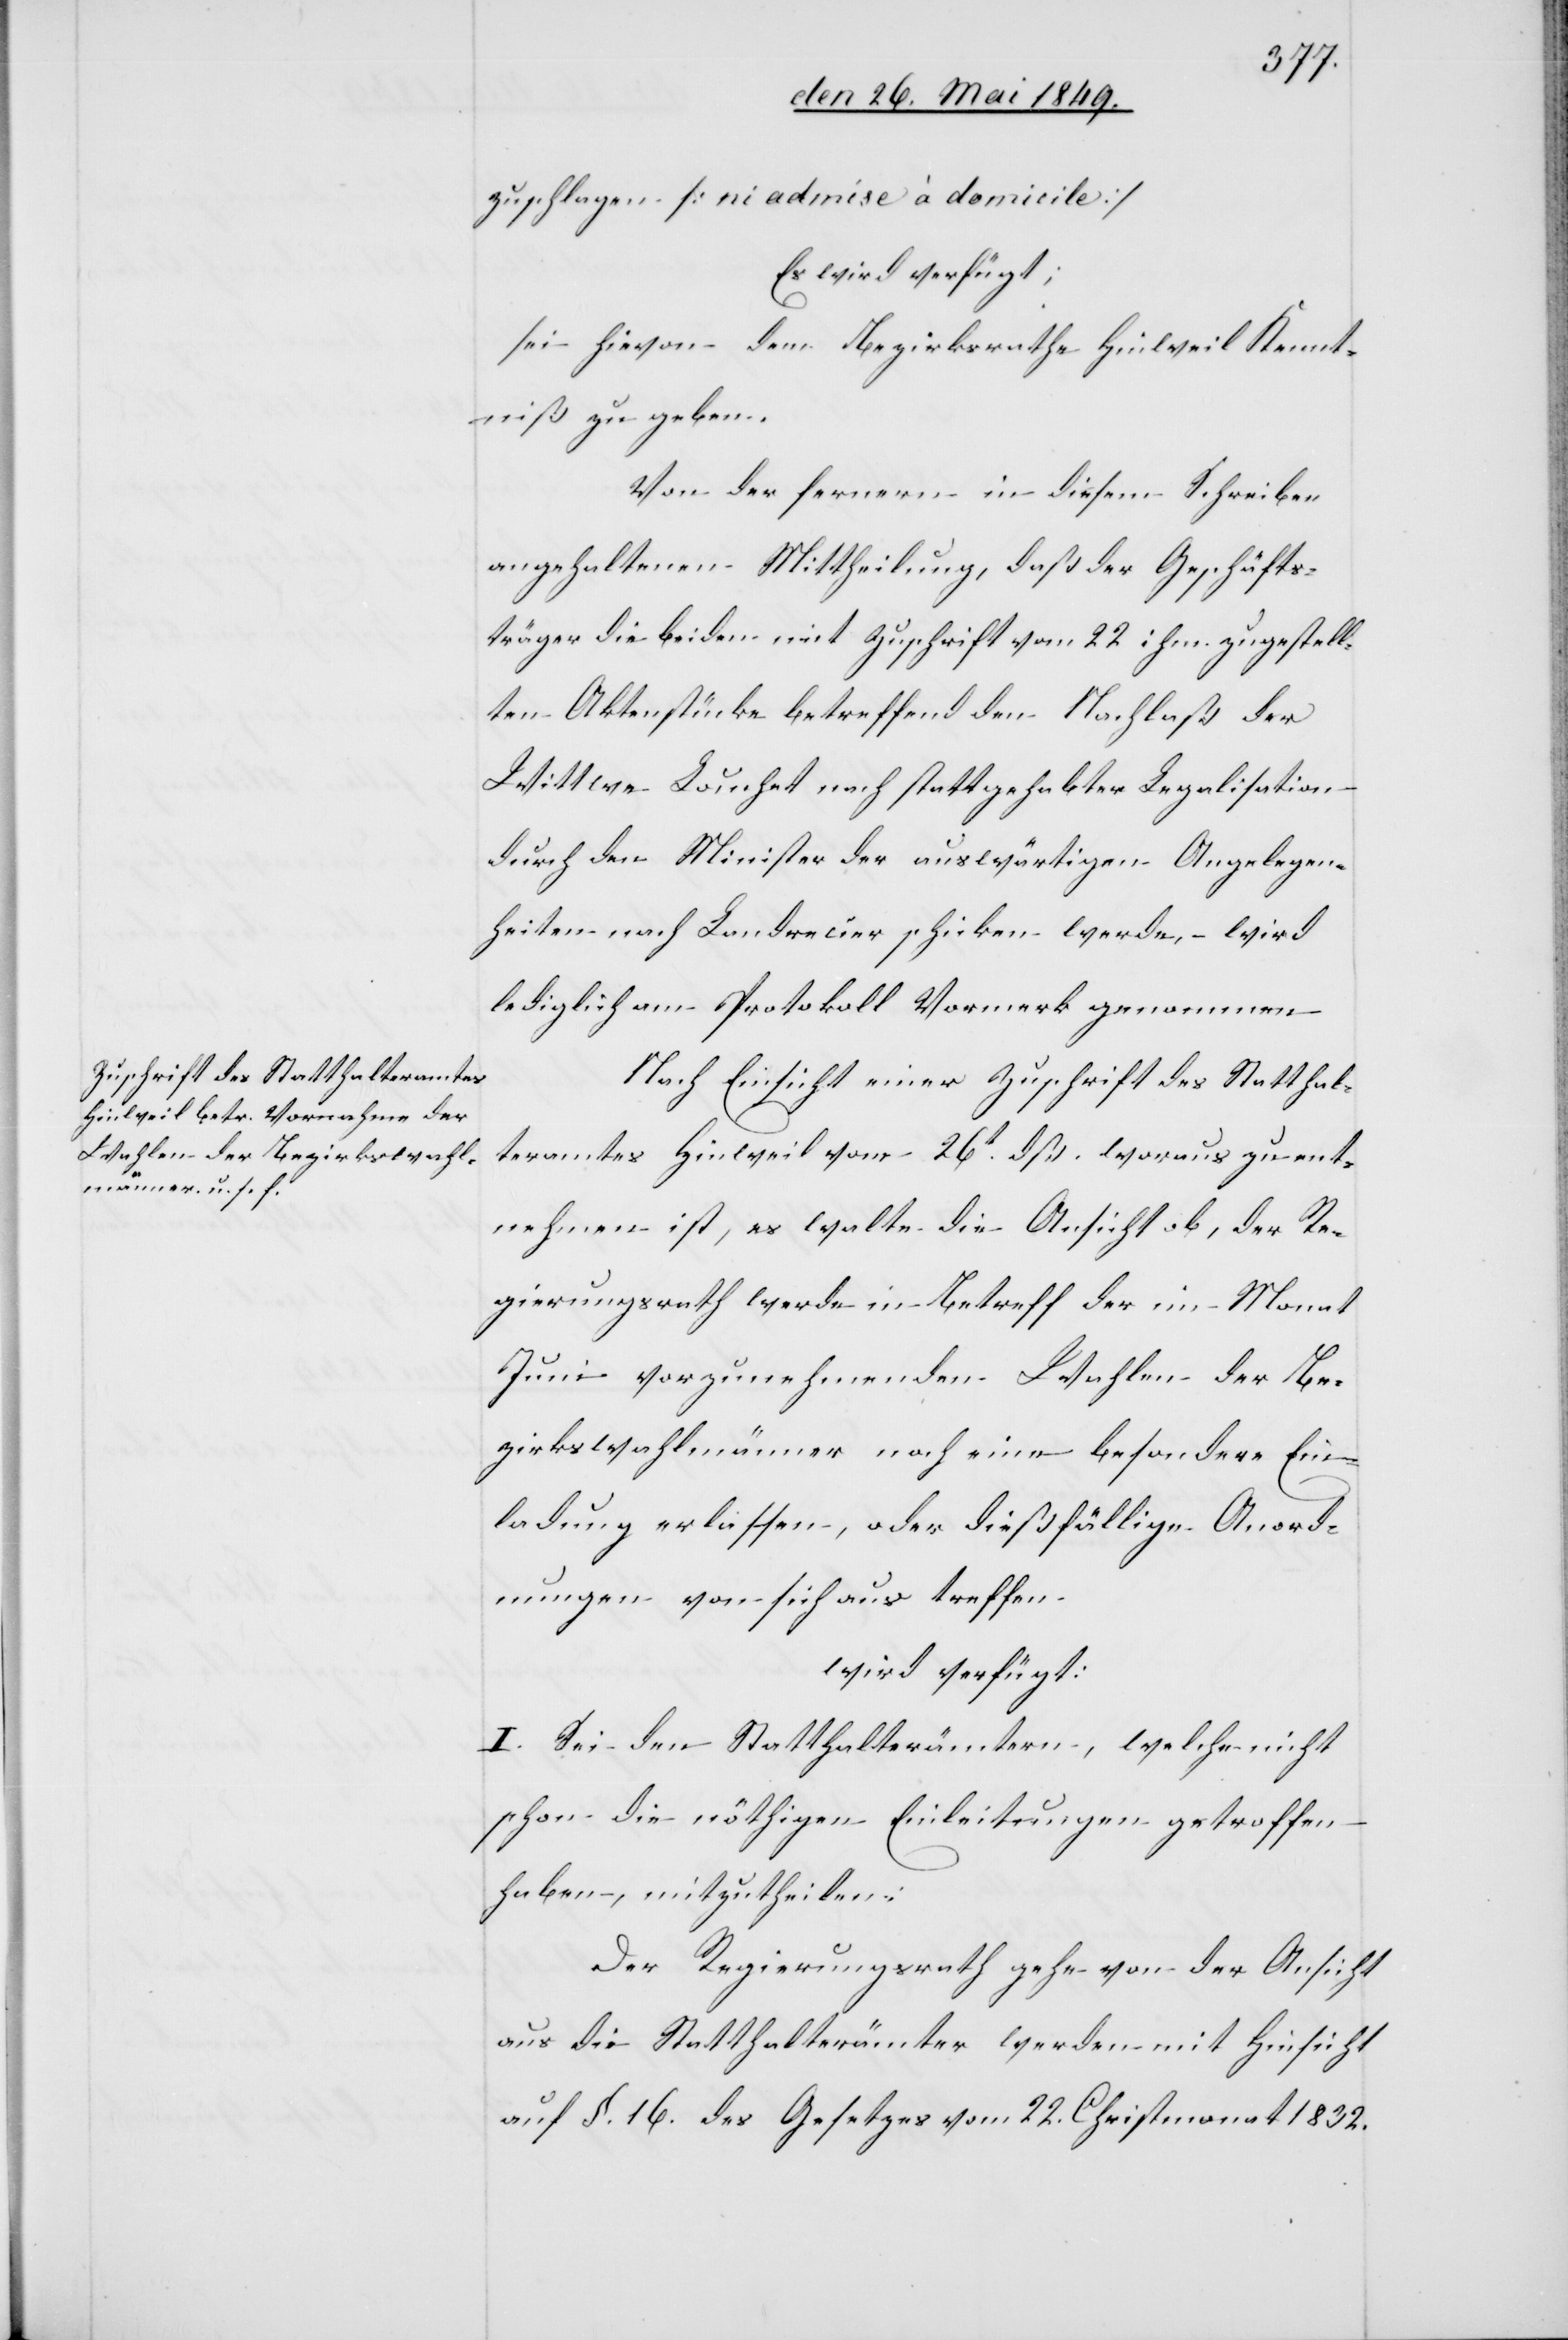
den 29. Mai 1849.]
zuschlagen [ni admise à domicile]
Es wird verfügt;
sei hievon dem Bezirksrathe Hinweil Kennt¬
niß zu geben.
Von der fernern in diesem Schreiben
angehaltenen Mittheilung, daß der Geschäfts¬
träger die beiden mit Zuschrift vom 22 ihm zugestell¬
ten Aktenstücke betreffend den Nachlaß der
Wittwe Louchet nach stattgehabter Legalisation
durch den Minister der auswärtigen Angelegen¬
heiten nach Landrecier schicken werde, – wird
lediglich am Protokoll Vormerk genommen.
Nach Einsicht einer Zuschrift des Statthal¬
teramtes Hinweil vom 26t dß. woraus zu ent¬
nehmen ist, es walte die Ansicht ob, der Re¬
gierungsrath werde in Betreff der im Monat
Juni vorzunehmenden Wahlen der Be¬
zirkswahlmänner noch eine besondere Ein¬
ladung erlassen, oder dießfällige Anord¬
nungen von sich aus treffen.
wird verfügt:
I. Sei den Statthalterämtern, welche nicht
schon die nöthigen Einleitungen getroffen
haben, mitzutheilen:
Der Regierungsrath gehe von der Ansicht
aus die Statthalterämter werden mit Hinsicht
auf §. 16. des Gesetzes vom 22. Christmonat 1832.